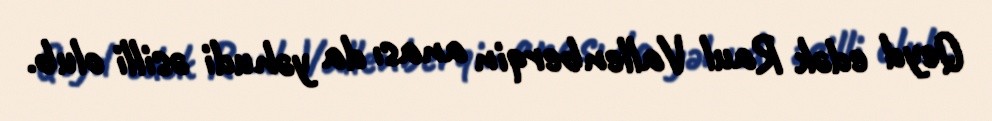
Qeyd edək Raul Vallenberqin anası da yəhudi əsilli olub.